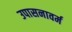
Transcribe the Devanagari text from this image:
उपासनावर्म